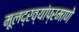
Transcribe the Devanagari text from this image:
मूलद्रव्यांप्रमाणे